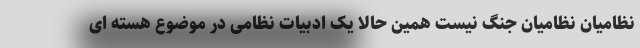
نظامیان نظامیان جنگ نیست همین حالا یک ادبیات نظامی در موضوع هسته ای